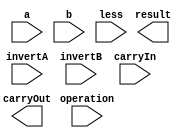
module ALU_1bit( result, carryOut, a, b, invertA, invertB, operation, carryIn, less ); 
  
  output wire result;
  output wire carryOut;
  
  input wire a;
  input wire b;
  input wire invertA;
  input wire invertB;
  input wire[1:0] operation;
  input wire carryIn;
  input wire less;
  
  /*your code here*/ 
  
endmodule